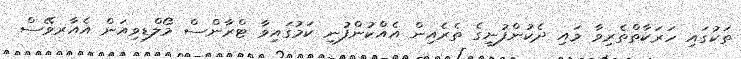
ތަކުގައި ހަރަކާތްތެރިވާ މައި ދެކުންފުނީގެ ތެރެއިން އެއްކުންފުނި ކަމުގައިވާ ޓްރާންސް މޯލްޑިވިއަން އެއާރވޭސް